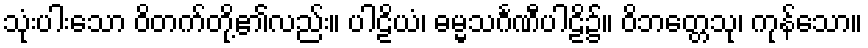
သုံးပါးသော ဝိတက်တို့၏လည်း။ ပါဠိယံ၊ ဓမ္မသင်္ဂဏီပါဠိ၌။ ဝိဘတ္တေသု၊ ကုန်သော။